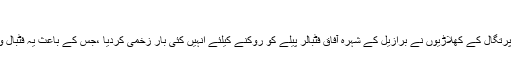
1966
ء میں لیور پول میں کھیلے گئے میچ میں پرتگال کے کھلاڑیوں نے برازیل کے شہرہ آفاق فٹبالر پیلے کو روکنے کیلئے انہیں کئی بار زخمی کردیا ،جس کے باعث یہ فٹبال ورلڈکپ کی تاریخ کا 8واں بدترین میچ بنا۔